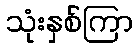
သုံးနှစ်ကြာ